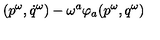
( p ^ { \omega } , { \dot { q } ^ { \omega } } ) - \omega ^ { a } \varphi _ { a } ( p ^ { \omega } , q ^ { \omega } )